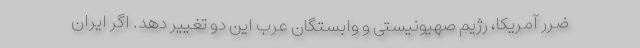
ضرر آمریکا، رژیم صهیونیستی و وابستگان عرب این دو تغییر دهد. اگر ایران